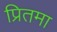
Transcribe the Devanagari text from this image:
प्रितमा